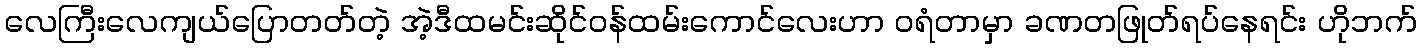
လေကြီးလေကျယ်ပြောတတ်တဲ့ အဲ့ဒီထမင်းဆိုင်ဝန်ထမ်းကောင်လေးဟာ ဝရံတာမှာ ခဏတဖြုတ်ရပ်နေရင်း ဟိုဘက်